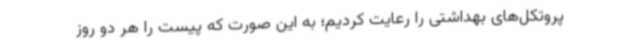
پروتکل‌های بهداشتی را رعایت کردیم؛ به این صورت که پیست را هر دو روز